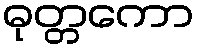
ဓုတ္တကော